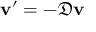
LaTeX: \mathbf { v } ^ { \prime } = - { \mathfrak { D } } \mathbf { v }